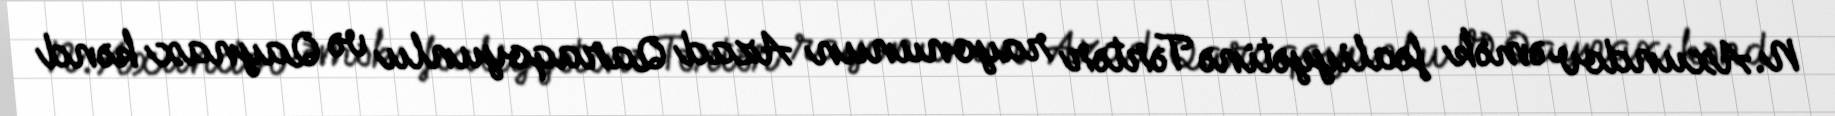
N.Axundov əmək fəaliyyətinə Tərtər rayonunun Azad Qaraqoyunlu və Qaynax kənd